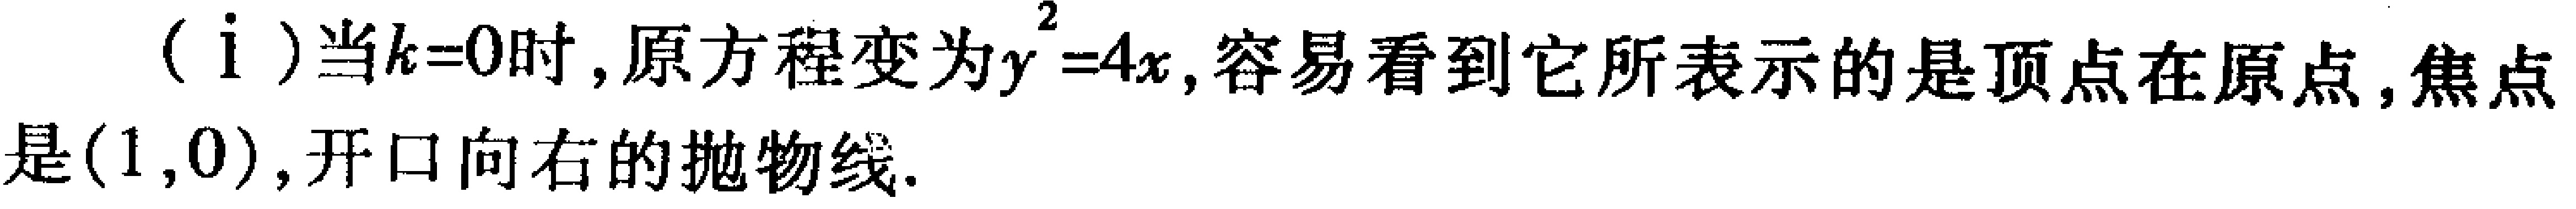
(i) 当\(k = 0\)时, 原方程变为\(y^{2}=4x\), 容易看到它所表示的是顶点在原点, 焦点是\((1,0)\), 开口向右的抛物线.